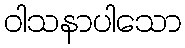
ဝါသနာပါသော